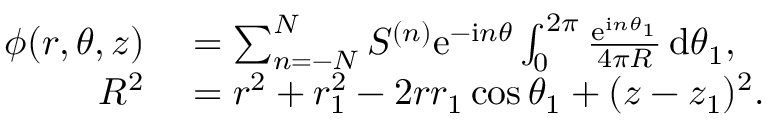
\begin{array} { r l } { \phi ( r , \theta , z ) } & { { } = \sum _ { n = - N } ^ { N } S ^ { ( n ) } \mathrm { e } ^ { - \mathrm { i } n \theta } \int _ { 0 } ^ { 2 \pi } \frac { \mathrm { e } ^ { \mathrm { i } n \theta _ { 1 } } } { 4 \pi R } \, \mathrm { d } \theta _ { 1 } , } \\ { R ^ { 2 } } & { { } = r ^ { 2 } + r _ { 1 } ^ { 2 } - 2 r r _ { 1 } \cos \theta _ { 1 } + ( z - z _ { 1 } ) ^ { 2 } . } \end{array}